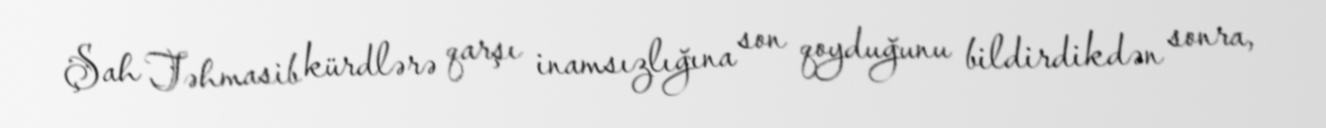
Şah Təhmasib kürdlərə qarşı inamsızlığına son qoyduğunu bildirdikdən sonra,